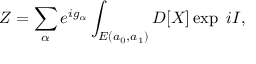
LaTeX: Z = \sum _ { \alpha } e ^ { i g _ { \alpha } } \int _ { { \cal E } ( a _ { 0 } , a _ { 1 } ) } D [ X ] \exp \ i I ,